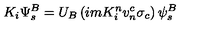
K _ { i } \Psi _ { s } ^ { B } = U _ { B } \left( i m K _ { i } ^ { n } v _ { n } ^ { c } \sigma _ { c } \right) \psi _ { s } ^ { B }